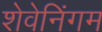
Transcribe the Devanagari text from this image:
शेवेनिंगम